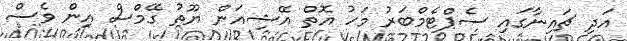
އަދި ޗައިނާގައި ސެޕްޓެމްބަރު މަހު އޮތް އޭޝިއަން ޔޫތު ގޭމްސް އިން ވެސް